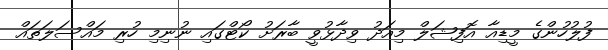
ފުލުހުންގެ މީޑިއާ އޮފިޝަލް މިއަދު ވިދާޅުވީ ބާރަށު ކޯޓްގައި ނުނިމި ހުރި މައްސަލަތައް